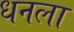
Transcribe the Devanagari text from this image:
धनला